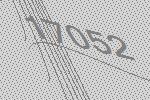
17052